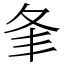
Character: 𡕗